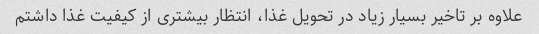
علاوه بر تاخیر بسیار زیاد در تحویل غذا، انتظار بیشتری از کیفیت غذا داشتم